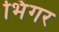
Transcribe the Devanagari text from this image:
भिंगर